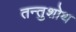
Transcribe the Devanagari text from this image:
तन्तुशोथ